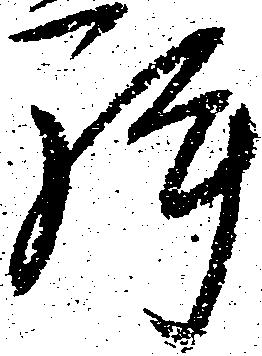
許